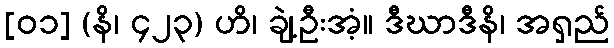
[၀၁] (နိ၊ ၄၂၃) ဟိ၊ ချဲ့ဦးအံ့။ ဒီဃာဒီနိ၊ အရှည်